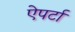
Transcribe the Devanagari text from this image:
ऐपर्टा